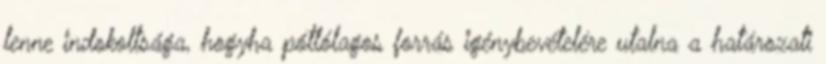
lenne indokoltsága, hogyha pótlólagos forrás igénybevételére utalna a határozati